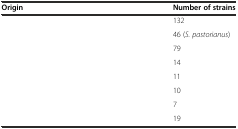
<table><thead><tr><td><b>Origin</b></td><td><b>Number of strains</b></td></tr></thead><tbody><tr><td>[EMPTY_CELL]</td><td>132</td></tr><tr><td>[EMPTY_CELL]</td><td>46 (<i>S. pastorianus</i>)</td></tr><tr><td>[EMPTY_CELL]</td><td>79</td></tr><tr><td>[EMPTY_CELL]</td><td>14</td></tr><tr><td>[EMPTY_CELL]</td><td>11</td></tr><tr><td>[EMPTY_CELL]</td><td>10</td></tr><tr><td>[EMPTY_CELL]</td><td>7</td></tr><tr><td>[EMPTY_CELL]</td><td>19</td></tr></tbody></table>